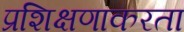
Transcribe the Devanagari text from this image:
प्रशिक्षणाकरता